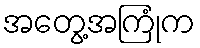
အတွေ့အကြုံက